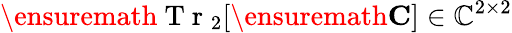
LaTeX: \ensuremath{\mathrm{~T~r~}}_{2}[\ensuremath{\mathbf{C}}]\in\mathbb{C}^{2\times 2}